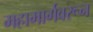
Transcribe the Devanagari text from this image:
महामार्गवरून